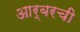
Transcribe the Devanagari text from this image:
आर्बरची